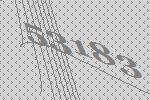
53183